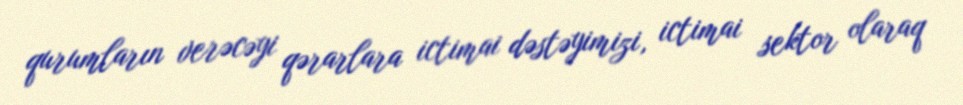
qurumların verəcəyi qərarlara ictimai dəstəyimizi, ictimai sektor olaraq